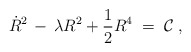
\begin{align*}\dot{R}^{2}\,-\, \lambda R^{2} + \frac{1}{2} R^{4} \;=\; {\cal C} \; ,\end{align*}